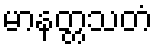
မာနတ္တသတံ